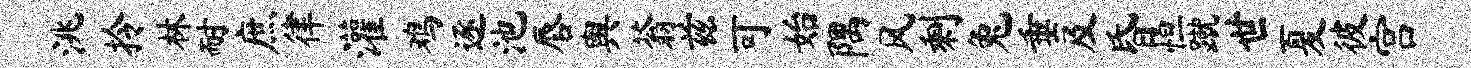
洮拎林耐庶律灌鸡逐池唇舆蓊兹可始隅风剩兔垂及昏怛蹴世夏彼宫